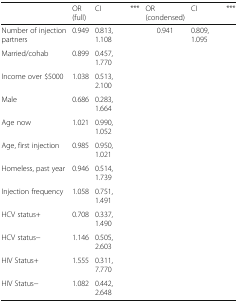
<table><thead><tr><td></td><td><b>OR (full)</b></td><td><b>CI</b></td><td><b>***</b></td><td><b>OR (condensed)</b></td><td><b>CI</b></td><td><b>***</b></td></tr></thead><tbody><tr><td>Number of injection partners</td><td>0.949</td><td>0.813, 1.108</td><td></td><td>0.941</td><td>0.809, 1.095</td><td></td></tr><tr><td>Married/cohab</td><td>0.899</td><td>0.457, 1.770</td><td></td><td></td><td></td><td></td></tr><tr><td>Income over $5000</td><td>1.038</td><td>0.513, 2.100</td><td></td><td></td><td></td><td></td></tr><tr><td>Male</td><td>0.686</td><td>0.283, 1.664</td><td></td><td></td><td></td><td></td></tr><tr><td>Age now</td><td>1.021</td><td>0.990, 1.052</td><td></td><td></td><td></td><td></td></tr><tr><td>Age, first injection</td><td>0.985</td><td>0.950, 1.021</td><td></td><td></td><td></td><td></td></tr><tr><td>Homeless, past year</td><td>0.946</td><td>0.514, 1.739</td><td></td><td></td><td></td><td></td></tr><tr><td>Injection frequency</td><td>1.058</td><td>0.751, 1.491</td><td></td><td></td><td></td><td></td></tr><tr><td>HCV status+</td><td>0.708</td><td>0.337, 1.490</td><td></td><td></td><td></td><td></td></tr><tr><td>HCV status−</td><td>1.146</td><td>0.505, 2.603</td><td></td><td></td><td></td><td></td></tr><tr><td>HIV Status+</td><td>1.555</td><td>0.311, 7.770</td><td></td><td></td><td></td><td></td></tr><tr><td>HIV Status−</td><td>1.082</td><td>0.442, 2.648</td><td></td><td></td><td></td><td></td></tr></tbody></table>